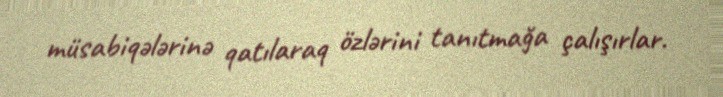
müsabiqələrinə qatılaraq özlərini tanıtmağa çalışırlar.